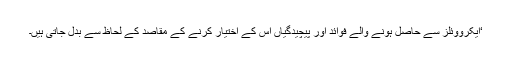
‘ایکرووئلز سے حاصل ہونے والے فوائد اور پیچیدگیاں اُس کے اختیار کرنے کے مقاصد کے لحاظ سے بدل جاتی ہیں۔